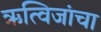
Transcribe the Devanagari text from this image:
ऋत्विजांचा